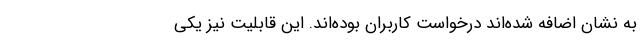
به نشان اضافه شده‌اند درخواست کاربران بوده‌اند. این قابلیت‌ نیز یکی